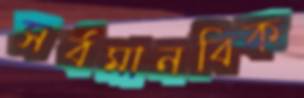
সর্বমানবিক